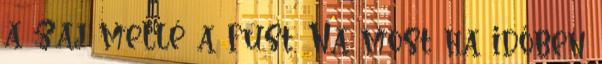
a zaj mellé a füst. Na most ha időben